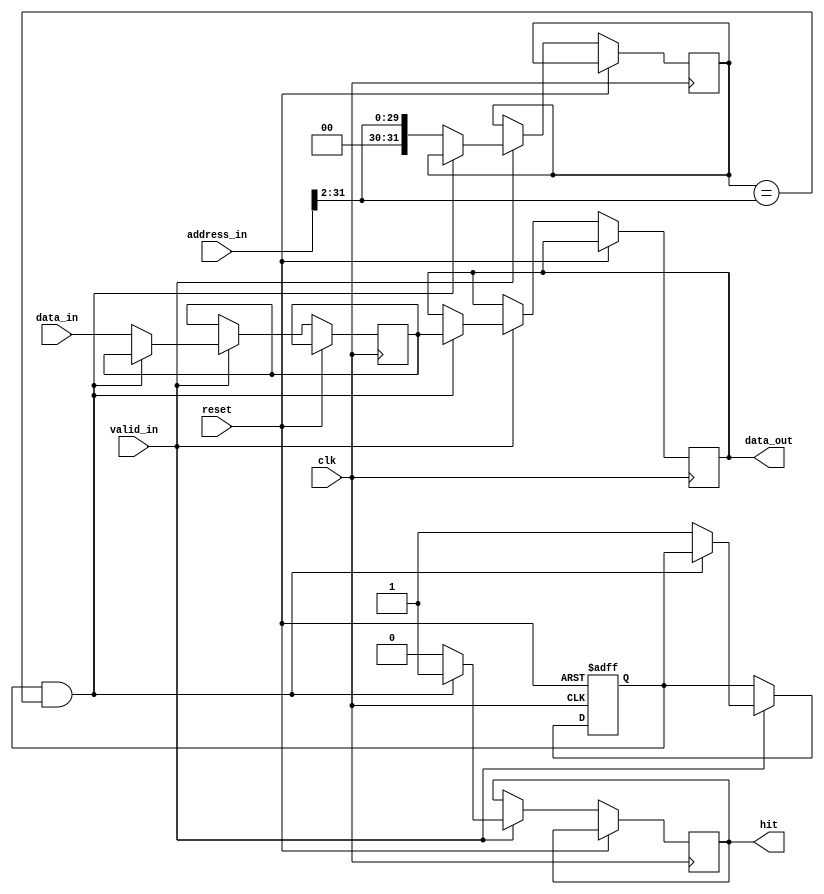
module CacheLine #(parameter DATA_WIDTH = 32, parameter ADDRESS_WIDTH = 32) (
    input wire clk,
    input wire reset,
    input wire valid_in,
    input wire [ADDRESS_WIDTH-1:0] address_in,
    input wire [DATA_WIDTH-1:0] data_in,
    output reg [DATA_WIDTH-1:0] data_out,
    output reg hit
);
    // Define cache line structure
    reg valid;                        // Valid bit
    reg dirty;                        // Dirty bit
    reg [ADDRESS_WIDTH-1:0] tag;     // Tag for the line
    reg [DATA_WIDTH-1:0] data;       // Data for the line

    always @(posedge clk or posedge reset) begin
        if (reset) begin
            valid <= 1'b0;
            dirty <= 1'b0;
        end else if (valid_in) begin
            // Check for hit
            if (valid && tag == address_in[ADDRESS_WIDTH-1:2]) begin
                hit <= 1'b1;
                data_out <= data;      // Data read from cache
            end else begin
                hit <= 1'b0;
                // Optionally update cache line for new address/data
                tag <= address_in[ADDRESS_WIDTH-1:2];  // Update tag
                data <= data_in;                        // Write data to cache
                valid <= 1'b1;                          // Mark line as valid
            end
        end
    end
endmodule